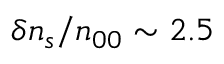
\delta n _ { s } / n _ { 0 0 } \sim 2 . 5 \